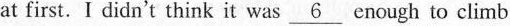
at first. I didn't thirk it was \underline{6}enough to climb